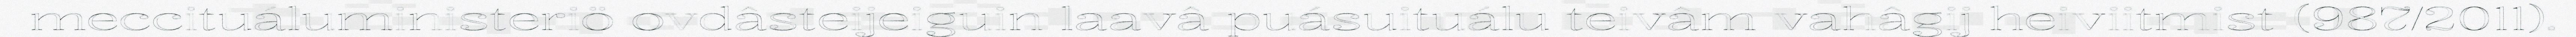
meccituáluministeriö ovdâsteijeiguin laavâ puásuituálu teivâm vahâgij heiviitmist (987/2011).